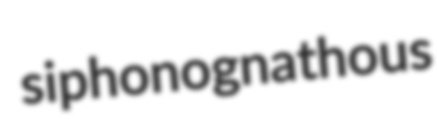
siphonognathous